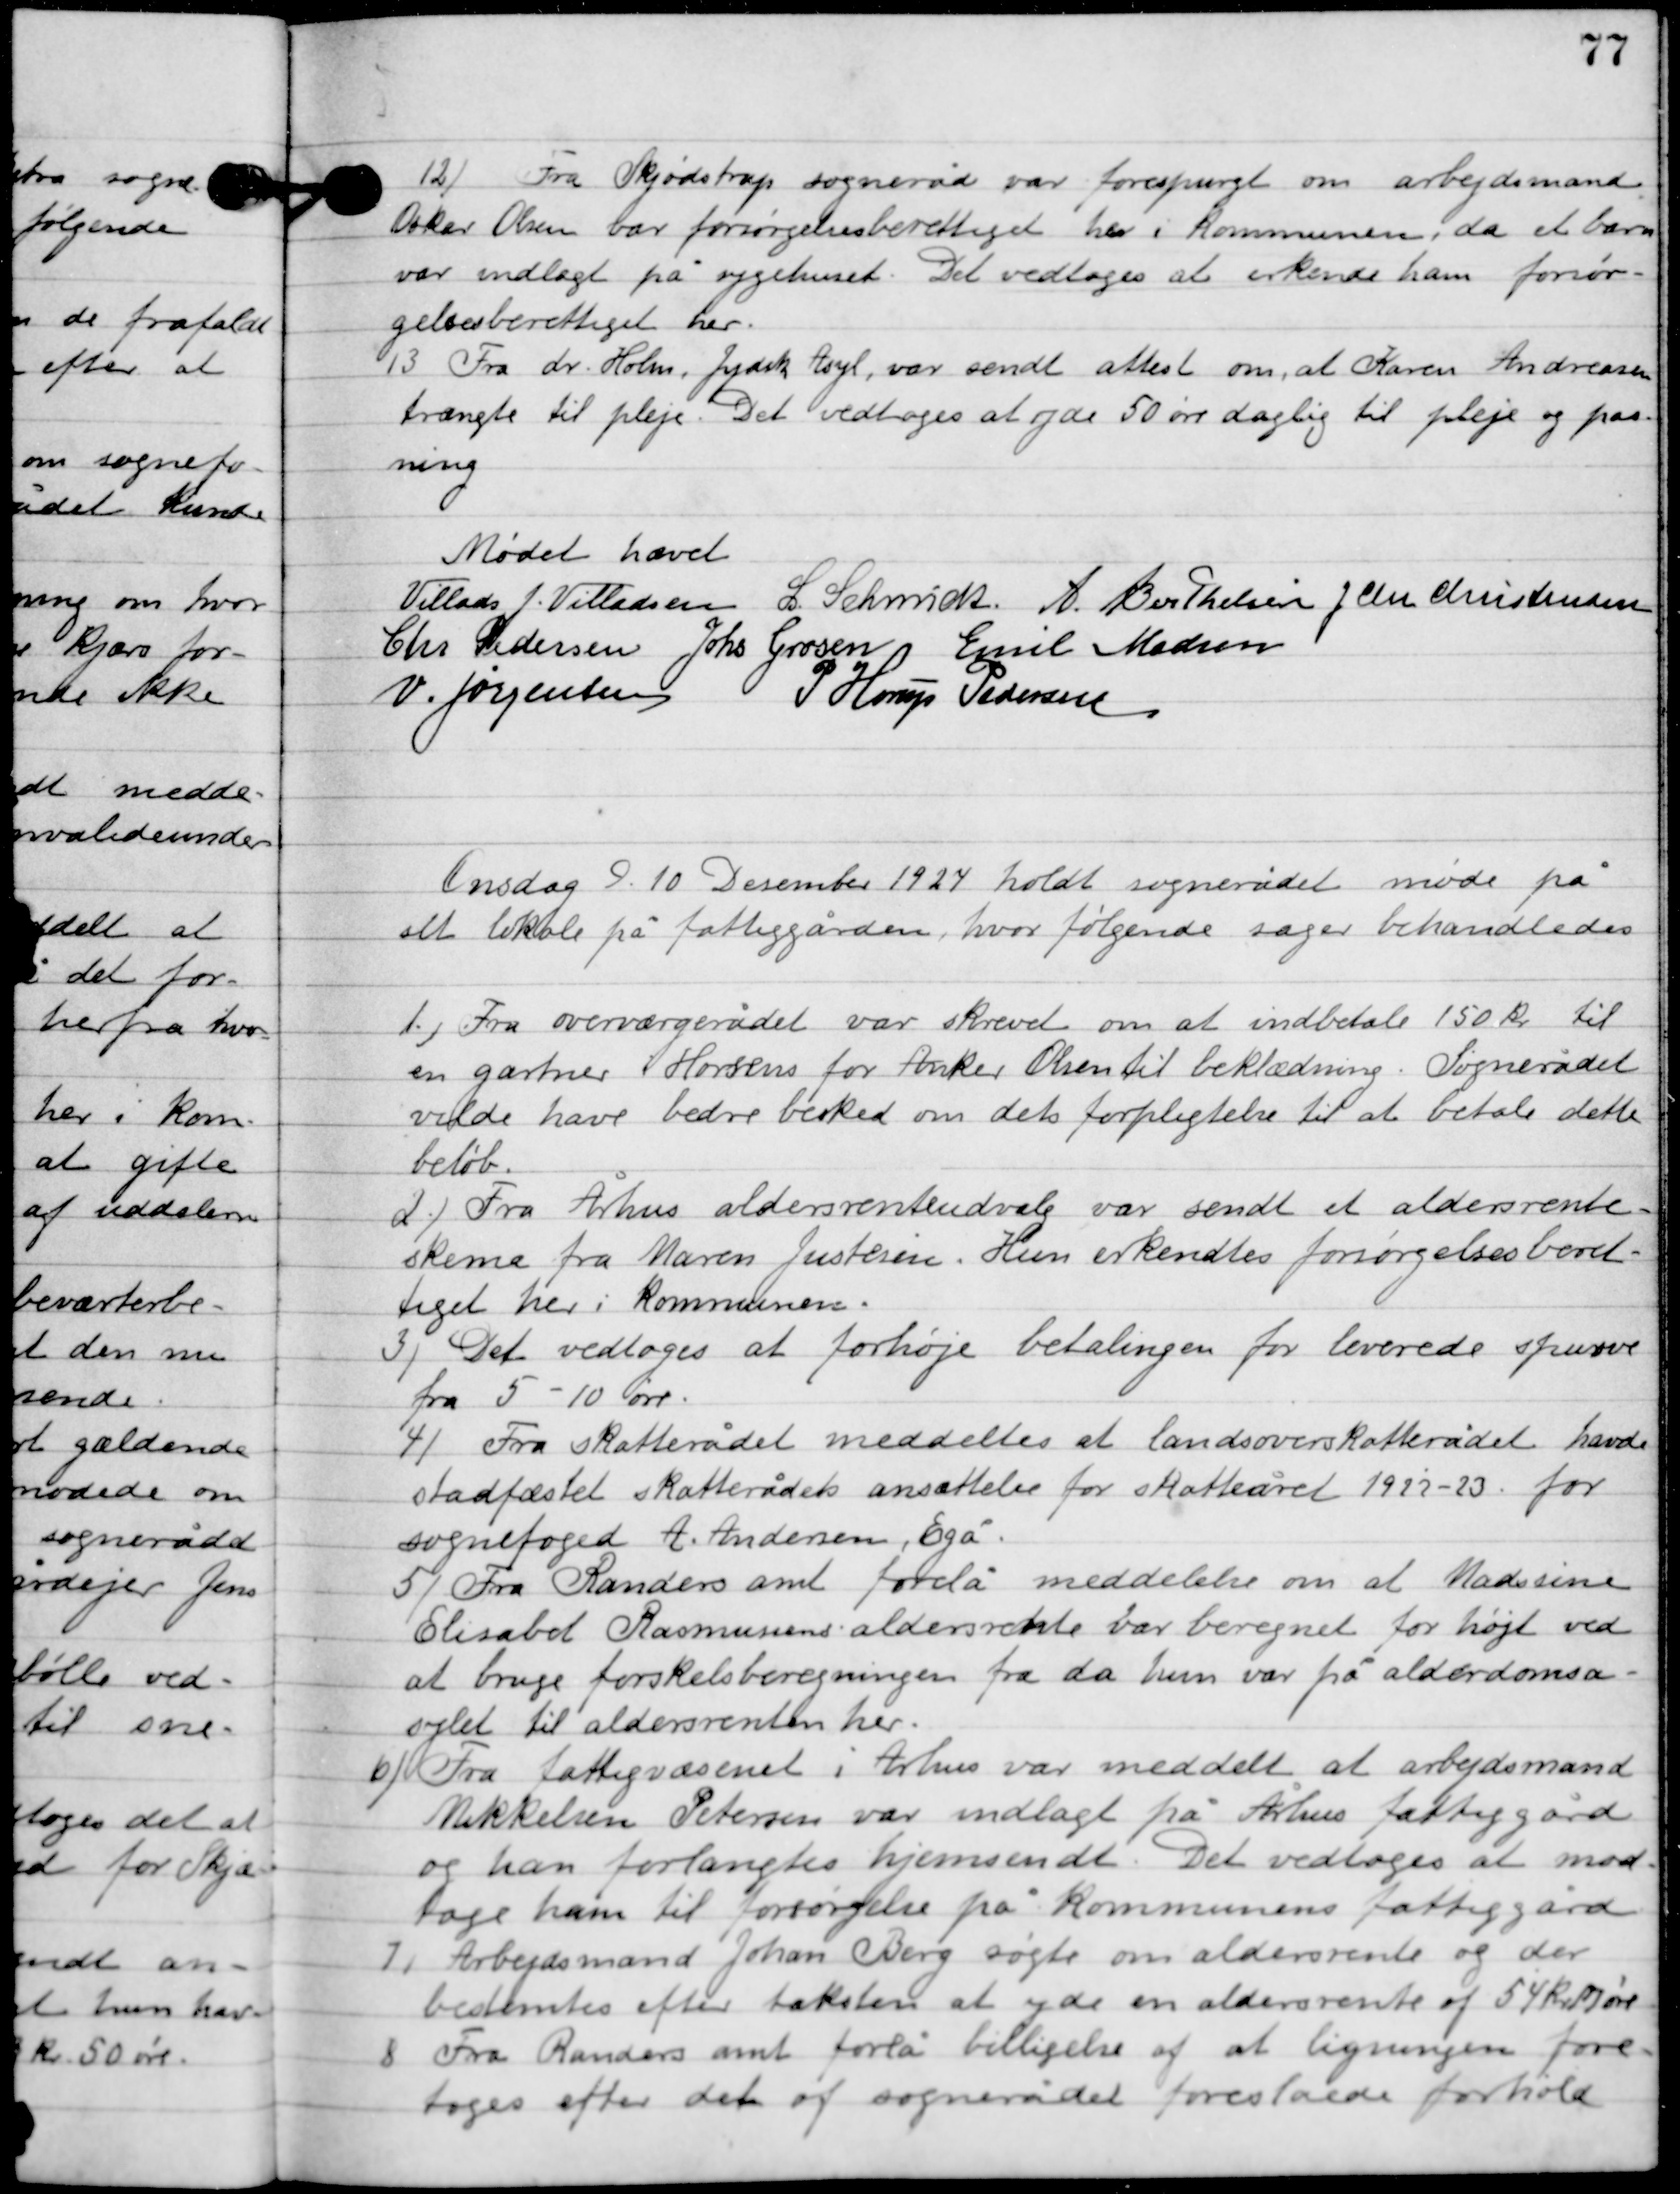
Transskription:
12

Fra Skødstrup sogneråd var forespurgt om arbejdsmand
Oskar Olsen var forsørgelsesberettiget her i kommunen, da et barn
var indlagt på sygehuset. Det vedtoges at erkende ham forsør-
gelsesberettiget her.

13

Fra dr. Holm, Jydsk Asyl, var sendt attest om, at Karen Andersen
trængte til pleje. Det vedtoges at yde 50 øre daglig til pleje og pas-
ning.

Mødet hævet

Villads J. Villadsen
l. Schmidt
A. Berthelsen
J. Chr. Christensen
Chr. Pedersen
Johs. Grosen
Emil Madsen
V. Jørgensen
P. Horup Pedersen

Onsdag D. 10. Desember 1924 holdt sognerådet møde på
sit lokale på fattiggården, hvor følgende sager behandledes.

1

Fra overværgerådet var skrevet om at indbetale 150 kr. til
en gartner i Horsens for Anker Olsen til beklædning. Sognerådet
vilde have bedre besked om dets forpligtigelse til at betale dette
beløb.

2

Fra Århus aldersrenteudvalg var sendt et aldersrente-
skema fra Maren Justesen. Hun erkendtes forsørgelsesberet-
tiget her i kommunen.

3

Det vedtoges at forhøje betalingen for leverede spurve
fra 5-10 øre.

4

Fra skatterådet meddeltes et landsoverskatterådet havde
stadfæstet skatterådets ansættelse for skatteåret 1922-23 for
sognefoged A. Andersen, Egå.

5

Fra Randers amt forelå meddelelse om at Madssine
Elisabet Rasmussens aldersrente var beregnet for højt ved
at bruge forskelsberegningen fra da hun var på alderdomsa-
sylet til aldersrenten her.

6

Fra fattigvæsenet i Århus var meddelt at arbejdsmand
Mikkelsen Petersen var indlagt på Århus fattiggård
og han forlangtes hjemsendt. Det vedtoges at mod-
tage ham til forsørgelse på kommunens fattiggård.

7

Arbejdsmand Johan Berg søgte om aldersrente og der 
bestemtes efter taksten at yde en aldersrente af 54 kr.  øre

8

Fra Randers amt forelå billigelse af at ligningen fore-
toges efter det af sognerådet foreslåede forhold